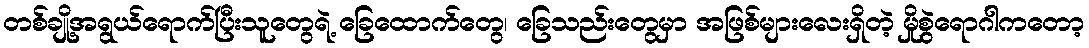
တစ်ချို့အရွယ်ရောက်ပြီးသူတွေရဲ့ ခြေထောက်တွေ၊ ခြေသည်းတွေမှာ အဖြစ်များလေးရှိတဲ့ မှိုစွဲရောဂါကတော့